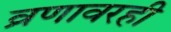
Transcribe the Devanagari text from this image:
व्रणावरही